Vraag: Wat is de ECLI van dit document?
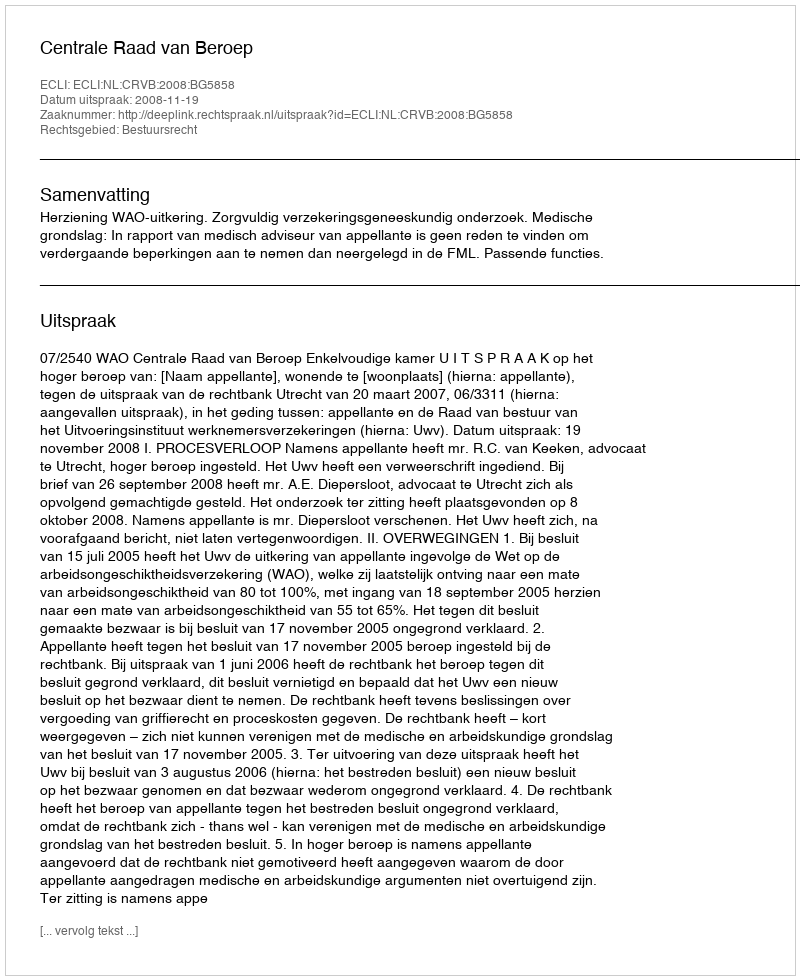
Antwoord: ECLI:NL:CRVB:2008:BG5858